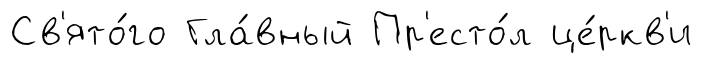
Св'ято́го Гла́вный Пр'есто́л це́ркв'и